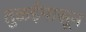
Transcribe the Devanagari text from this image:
तुळईपासून